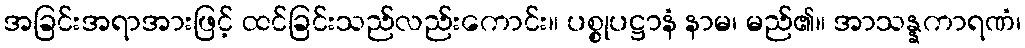
အခြင်းအရာအားဖြင့် ထင်ခြင်းသည်လည်းကောင်း။ ပစ္စုပဋ္ဌာနံ နာမ၊ မည်၏။ အာသန္နကာရဏံ၊